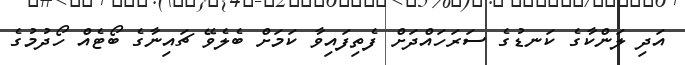
އަދި ލަންކާގެ ކަނޑުގެ ސަރަހައްދަށް ފެތިފައިވާ ކަމަށް ބެލެވޭ ޗައިނާގެ ބޯޓެއް ހޯދުމުގެ